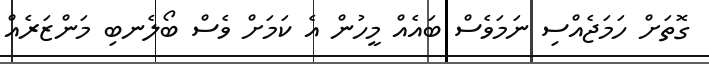
ގޮތަށް ހަމަޖެއްސި ނަމަވެސް ބައެއް މީހުން އެ ކަމަށް ވެސް ބޯލެނބި މަންޒަރެއް